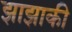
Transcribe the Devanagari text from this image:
झाझाकी